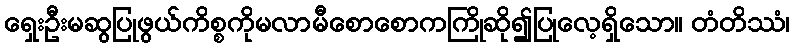
ရှေးဦးမဆွပြုဖွယ်ကိစ္စကိုမလာမီစောစောကကြိုဆို၍ပြုလေ့ရှိသော။ တံတိဿံ၊